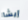
إيشا